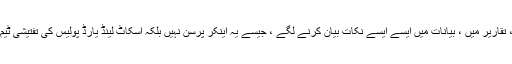
وہ دستاویزات میں ، تقاریر میں ، بیانات میں ایسے ایسے نکات بیان کرنے لگے ، جیسے یہ اینکر پرسن نہیں بلکہ اسکاٹ لینڈ یارڈ پولیس کی تفتیشی ٹیم کا کوئی حصہ ہیں۔